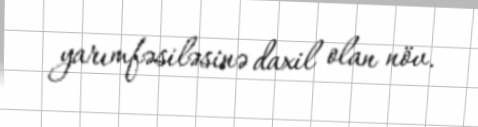
yarımfəsiləsinə daxil olan növ.